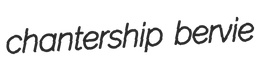
chantership bervie